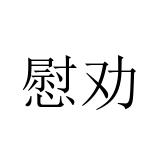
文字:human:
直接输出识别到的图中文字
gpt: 慰劝